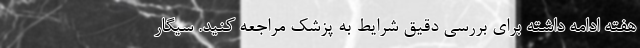
هفته ادامه داشته برای بررسی دقیق شرایط به پزشک مراجعه کنید. سیگار